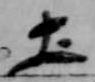
土